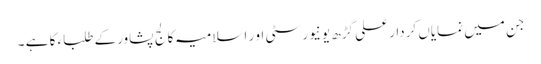
جن میں نمایاں کردار علی گڑھ یونیورسٹی او ر اسلامیہ کالج پشاورکے طلباء کا ہے ۔